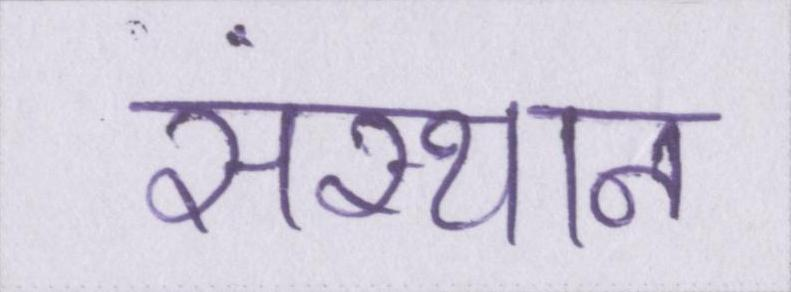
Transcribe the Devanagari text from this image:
संस्थान